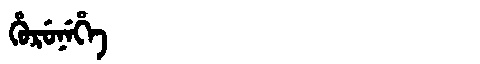
Manchu: ᡥᡠᡵᡠᠨᡝᡥᡝ
Romanization: HURUNEHE